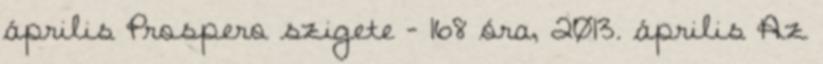
április Prospero szigete - 168 óra, 2013. április Az